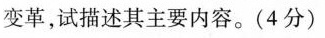
变革，试描述其主要内容。(4分)